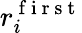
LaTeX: r_{i}^{\mathrm{~f~i~r~s~t~}}